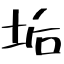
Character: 垢